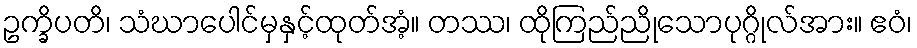
ဥက္ခိပတိ၊ သံဃာပေါင်မှနှင့်ထုတ်အံ့။ တဿ၊ ထိုကြည်ညိုသောပုဂ္ဂိုလ်အား။ ဧဝံ၊